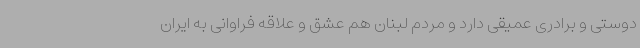
دوستی و برادری عمیقی دارد و مردم لبنان هم عشق و علاقه فراوانی به ایران